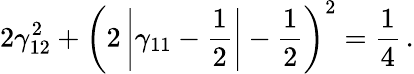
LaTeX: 2\gamma_{12}^{2}+\left(2\left\vert\gamma_{11}-\frac{1}{2}\right\vert-\frac{1}{2}\right)^{2}=\frac{1}{4}\, .